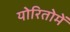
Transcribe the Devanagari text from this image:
योरितोमें